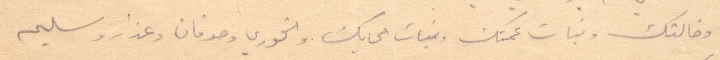
وخالتك وبنات عمتك وبنات الحايك والخوري وصوفان وعذار وسليم